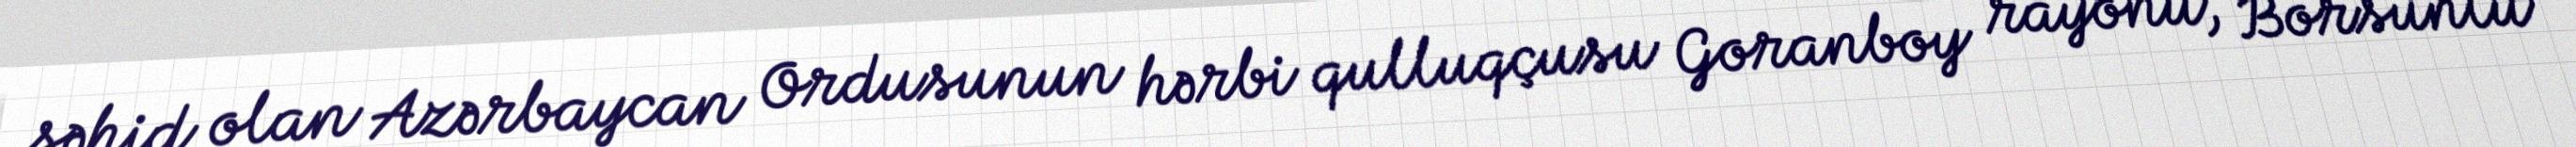
şəhid olan Azərbaycan Ordusunun hərbi qulluqçusu Goranboy rayonu, Borsunlu